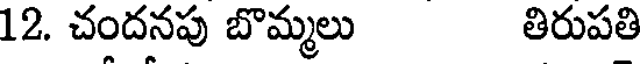
12. చందనపు బొమ్మలు తిరుపతి